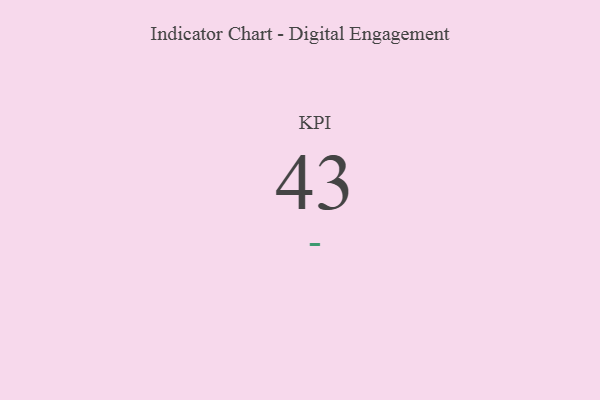
{"axis": {"x": "KPI", "y": "Value"}, "legend": [""], "data": [{"x": "KPI", "y": 43, "type": ""}]}